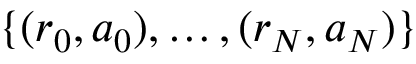
\{ ( r _ { 0 } , a _ { 0 } ) , \ldots , ( r _ { N } , a _ { N } ) \}